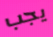
يجب